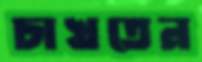
চাখতেন